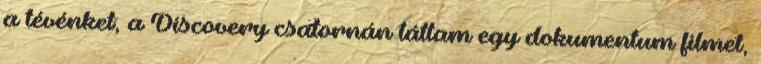
a tévénket, a Discovery csatornán láttam egy dokumentum filmet,